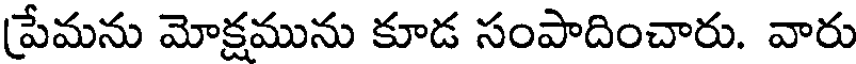
ప్రేమను మోక్షమును కూడ సంపాదించారు. వారు